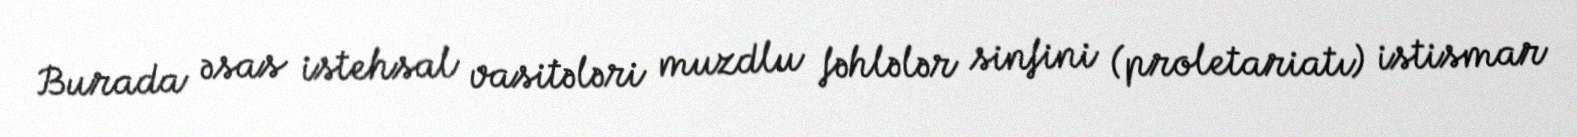
Burada əsas istehsal vasitələri muzdlu fəhlələr sinfini (proletariatı) istismar